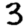
Digit: 3